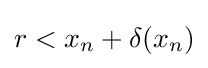
r<x_{n}+\delta (x_{n})